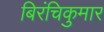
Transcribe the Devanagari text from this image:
बिरंचिकुमार